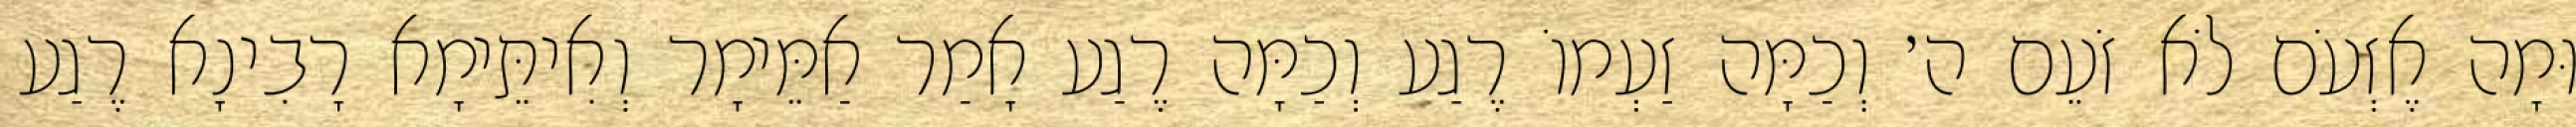
וּמָה אֶזְעֹם לֹא זֹעֵם ה׳ וְכַמָּה זַעְמוֹ רֶגַע וְכַמָּה רֶגַע אָמַר אַמֵּימָר וְאִיתֵּימָא רָבִינָא רֶגַע